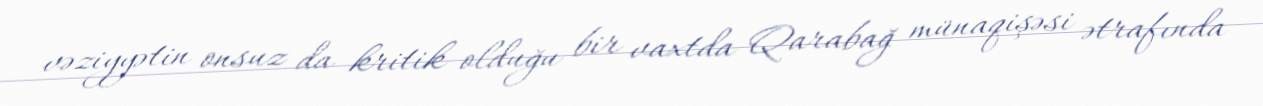
vəziyyətin onsuz da kritik olduğu bir vaxtda Qarabağ münaqişəsi ətrafında